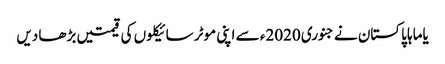
یاماہا پاکستان نے جنوری 2020ء سے اپنی موٹر سائیکلوں کی قیمتیں بڑھا دیں